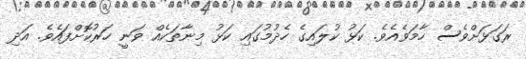
ރަގަޅަށްވެސް ހާމަވެއެވެ. ކަޅު ކުލައިގެ ހެދުމުގައި ކަޅު މިނާތަކެއް ވަނީ ހަރުކޮށްފައެވެ. އަދި